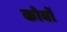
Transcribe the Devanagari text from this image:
कोर्बो